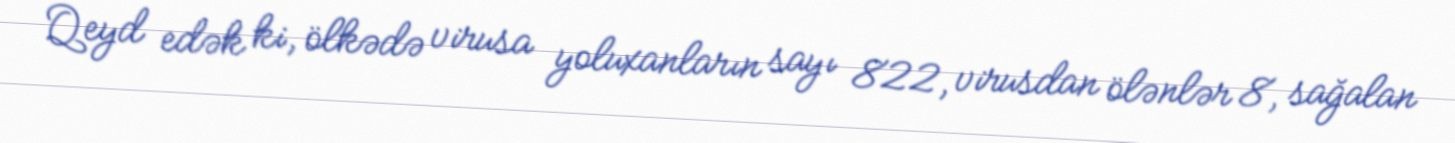
Qeyd edək ki, ölkədə virusa yoluxanların sayı 822, virusdan ölənlər 8, sağalan